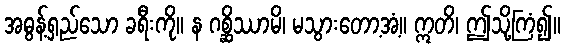
အဓွန့်ရှည်သော ခရီးကို။ န ဂစ္ဆိဿာမိ၊ မသွားတော့အံ့။ ဣတိ၊ ဤသို့ကြံ၍။